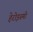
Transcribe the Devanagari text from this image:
हेरोइस्मो